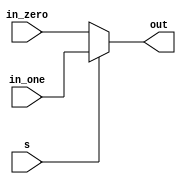
`timescale 1ns / 1ps
//////////////////////////////////////////////////////////////////////////////////
// Company: 
// Engineer: 
// 
// Design Name: 
// Module Name: MUX
// Project Name: 
// Target Devices: 
// Tool Versions: 
// Description: 
// 
// Dependencies: 
// 
// Revision:
// Revision 0.01 - File Created
// Additional Comments:
// 
//////////////////////////////////////////////////////////////////////////////////


module MUX(in_zero,in_one,s,out);
    parameter WIDTH = 32;
    input [WIDTH-1:0] in_zero,in_one;
    input s;
    output [WIDTH-1:0] out;
    assign out = s?in_one:in_zero;
endmodule